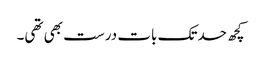
کچھ حدتک بات درست بھی تھی۔